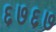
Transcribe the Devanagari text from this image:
६७६७